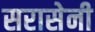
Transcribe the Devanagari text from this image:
सरासेनी